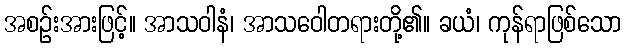
အစဉ်းအားဖြင့်။ အာသဝါနံ၊ အာသဝေါတရားတို့၏။ ခယံ၊ ကုန်ရာဖြစ်သော